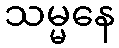
သမ္မနေ